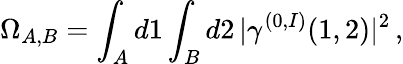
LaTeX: \Omega_{A,B}=\int_{A}d1\int_{B}d2\, \vert\gamma^{(0,I)}(1,2)\vert^{2}\, ,